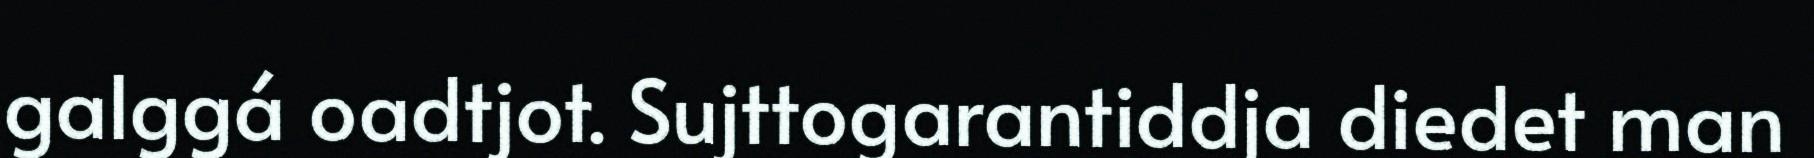
galggá oadtjot. Sujttogarantiddja diedet man